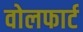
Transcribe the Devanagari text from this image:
वोलफार्ट